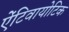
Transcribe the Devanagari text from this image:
ऐंटिवायोटिक